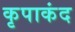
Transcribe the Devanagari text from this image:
कृपाकंद